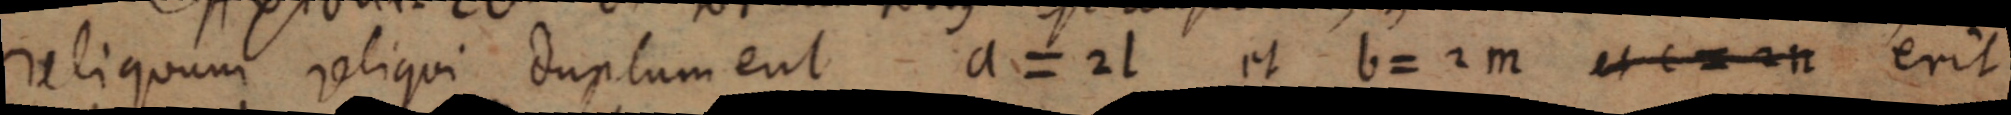
reliquam reliqui duplum eut a = 2 l et b = 2 m et c = 2 n erit